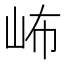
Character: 𱛕